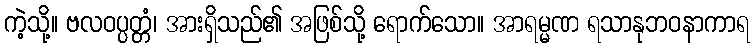
ကဲ့သို့။ ဗလဝပ္ပတ္တံ၊ အားရှိသည်၏ အဖြစ်သို့ ရောက်သော။ အာရမ္မဏ ရသာနုဘဝနာကာရ